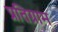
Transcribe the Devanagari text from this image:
प्रतिग्राम